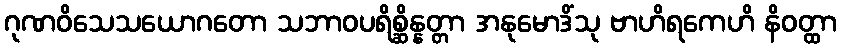
ဂုဏဝိသေသယောဂတော သဘာဝပရိစ္ဆိန္နတ္တာ အနုမောဒိံသု ဗာဟိရကေဟိ နိဝတ္ထာ